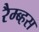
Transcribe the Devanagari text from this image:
रैम्ब्हस